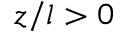
z / l > 0